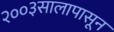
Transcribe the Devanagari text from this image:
२००३सालापासून